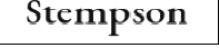
Stempson